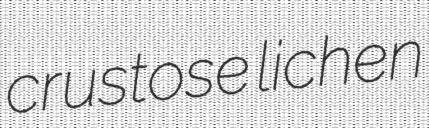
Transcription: crustose lichen